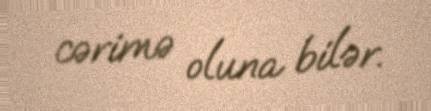
cərimə oluna bilər.